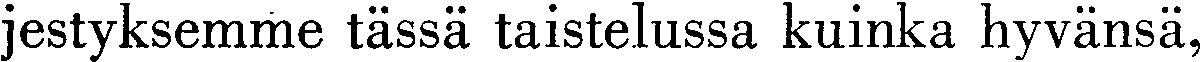
jestyksemme tässä taistelussa kuinka hyvänsä,